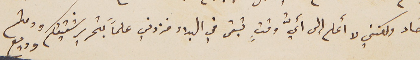
الآحاد ولكنني لا أعلم إلى أيُّ وقتٍ تبقى في البلاد فزدني علماً بتحرير شقيقكم ودمتم وديع